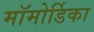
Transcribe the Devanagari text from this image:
मॉमोर्डिका